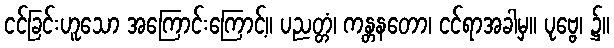
ငင်ခြင်းဟူသော အကြောင်းကြောင့်။ ပညတ္တံ၊ ကန္တနတော၊ ငင်ရာအခါမှ။ ပုဗ္ဗေ၊ ၌။